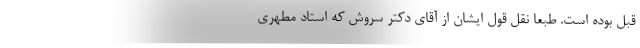
قبل بوده است. طبعا نقل قول ایشان از آقای دکتر سروش که استاد مطهری